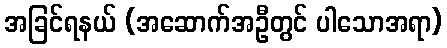
အခြင်ရနယ် (အဆောက်အဦတွင် ပါသောအရာ)